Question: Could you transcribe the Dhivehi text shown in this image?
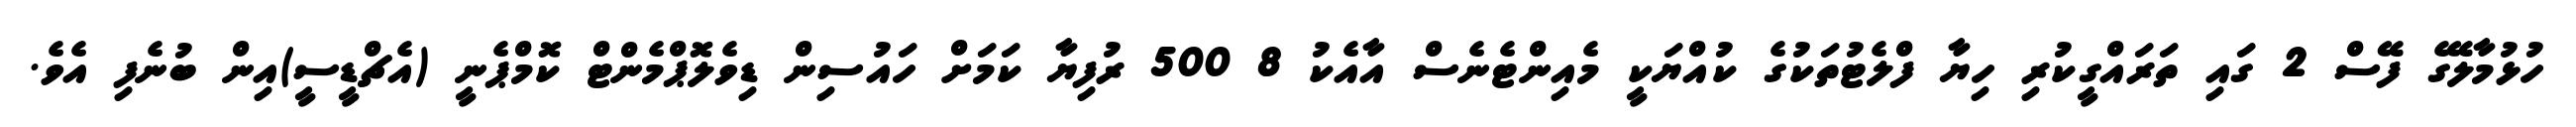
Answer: ހުޅުމާލޭގެ ފޭސް 2 ގައި ތަރައްގީކުރި ހިޔާ ފްލެޓުތަކުގެ ކުއްޔަކީ މެއިންޓެނެސް އާއެކު 8 500 ރުފިޔާ ކަމަށް ހައުސިން ޑިވެލޮޕްމެންޓް ކޮމްޕެނީ (އެޗްޑީސީ)އިން ބުނެފި އެވެ.